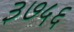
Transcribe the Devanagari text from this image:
३७५६